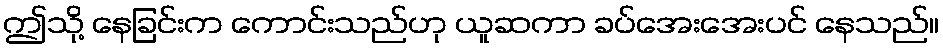
ဤသို့ နေခြင်းက ကောင်းသည်ဟု ယူဆကာ ခပ်အေးအေးပင် နေသည်။